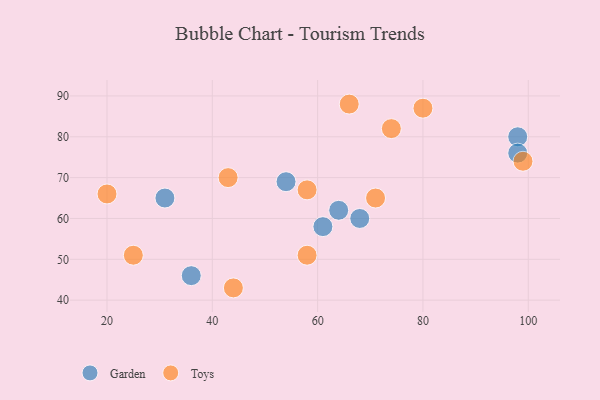
{"axis": {"x": "GDP", "y": "Life Expectancy"}, "legend": ["Garden", "Toys"], "data": [{"x": "98", "y": 80, "type": "Garden"}, {"x": "61", "y": 58, "type": "Garden"}, {"x": "31", "y": 65, "type": "Garden"}, {"x": "64", "y": 62, "type": "Garden"}, {"x": "68", "y": 60, "type": "Garden"}, {"x": "54", "y": 69, "type": "Garden"}, {"x": "36", "y": 46, "type": "Garden"}, {"x": "98", "y": 76, "type": "Garden"}, {"x": "74", "y": 82, "type": "Toys"}, {"x": "99", "y": 74, "type": "Toys"}, {"x": "71", "y": 65, "type": "Toys"}, {"x": "20", "y": 66, "type": "Toys"}, {"x": "44", "y": 43, "type": "Toys"}, {"x": "25", "y": 51, "type": "Toys"}, {"x": "58", "y": 51, "type": "Toys"}, {"x": "43", "y": 70, "type": "Toys"}, {"x": "58", "y": 67, "type": "Toys"}, {"x": "66", "y": 88, "type": "Toys"}, {"x": "80", "y": 87, "type": "Toys"}]}